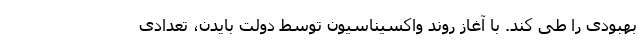
بهبودی را طی کند. با آغاز روند واکسیناسیون توسط دولت بایدن، تعدادی